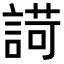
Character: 𧪆